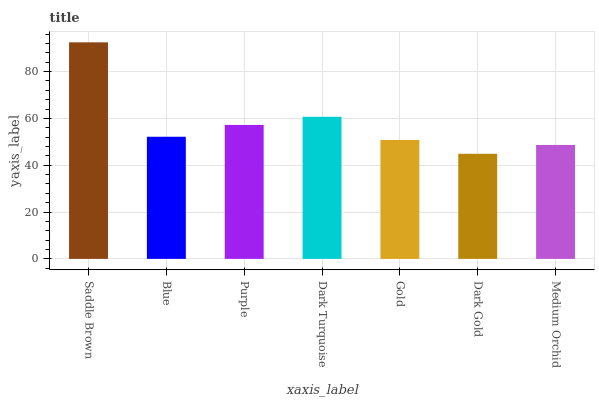
| xaxis_label | bars |
 | --- | --- |
 | Saddle Brown | 92.5 |
 | Blue | 52.2 |
 | Purple | 57.2 |
 | Dark Turquoise | 60.7 |
 | Gold | 50.8 |
 | Dark Gold | 44.9 |
 | Medium Orchid | 48.7 |